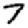
Digit: 7